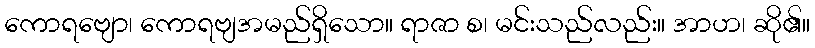
ကောရဗျော၊ ကောရဗျအမည်ရှိသော။ ရာဇာ စ၊ မင်းသည်လည်း။ အာဟ၊ ဆို၏။